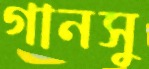
গানসু